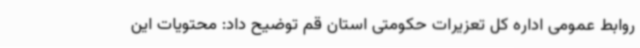
روابط عمومی اداره کل تعزیرات حکومتی استان قم توضیح داد: محتویات این